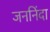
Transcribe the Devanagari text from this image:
जननिंदा